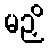
မဉှိ